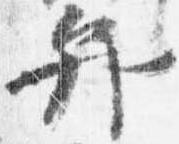
弁